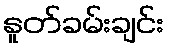
နူတ်ခမ်းချင်း